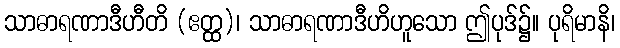
သာဓာရဏာဒီဟီတိ (ဧတ္ထ)၊ သာဓာရဏာဒီဟိဟူသော ဤပုဒ်၌။ ပုရိမာနိ၊